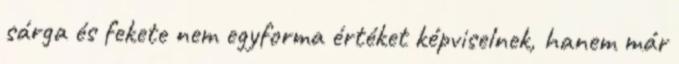
sárga és fekete nem egyforma értéket képviselnek, hanem már